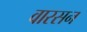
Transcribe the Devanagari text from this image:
वारसन